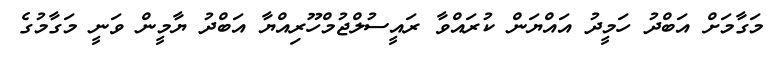
މަގާމަށް އަބްދު ހަމީދު އައްޔަން ކުރައްވާ ރައީސުލްޖުމްހޫރިއްޔާ އަބްދު ޔާމީން ވަނީ މަގާމުގެ